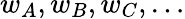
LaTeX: w_{A},w_{B},w_{C},\ldots